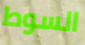
السوط